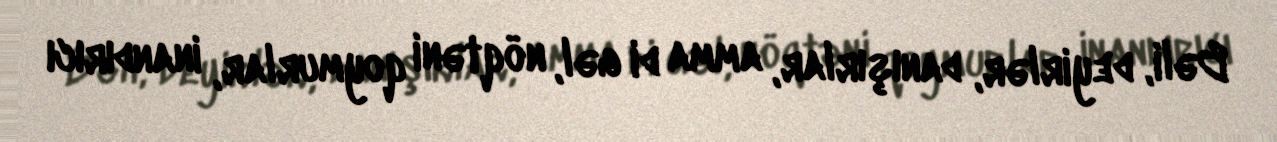
Bəli, deyirlər, danışırlar, amma di gəl, nöqtəni qoymurlar, inandırıcı